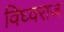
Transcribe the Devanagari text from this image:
विघ्वराज